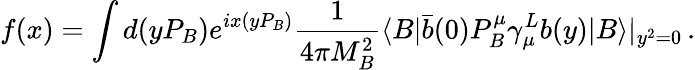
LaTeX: f(x)=\int d(yP_{B})e^{ix(yP_{B})}\frac{1}{4\pi M_{B}^{2}}\langle B|\bar{b}(0)P_{B}^{\mu}\gamma_{\mu}^{L}b(y)|B\rangle|_{y^{2}=0}\, .